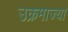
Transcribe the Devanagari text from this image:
उक्रमाज्या